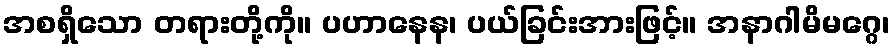
အစရှိသော တရားတို့ကို။ ပဟာနေန၊ ပယ်ခြင်းအားဖြင့်။ အနာဂါမိမဂ္ဂေ၊